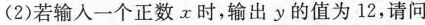
(2)若输入一个正数x时，输出y的值为12，请问